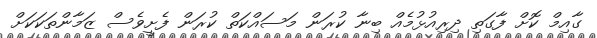
ގާއިމް ކޮށް ފާގަތި ދިރިއުޅުމެއް ބިނާ ކުރަން މަސައްކަތް ކުރަން ފެށީވެސް ޒަމާންތަކަކަށް